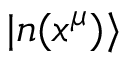
| n ( x ^ { \mu } ) \rangle